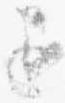
退